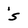
Character: s